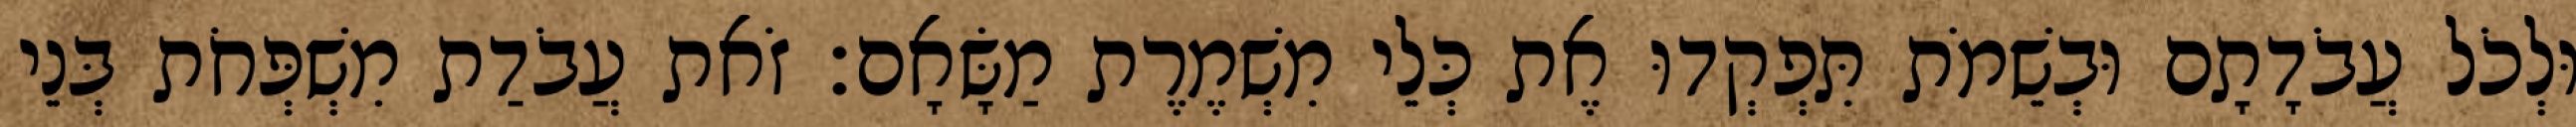
וּלְכֹל עֲבֹדָתָם וּבְשֵׁמֹת תִּפְקְדוּ אֶת כְּלֵי מִשְׁמֶרֶת מַשָּׂאָם׃ זֹאת עֲבֹדַת מִשְׁפְּחֹת בְּנֵי